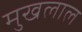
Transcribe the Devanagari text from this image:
मुखलाल